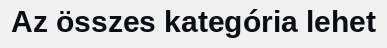
Az összes kategória lehet